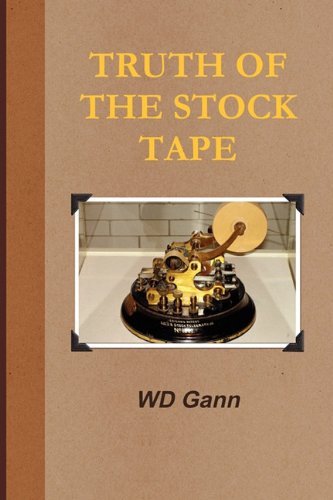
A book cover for Truth of the Stock Tape; D Gann William; Business & Money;